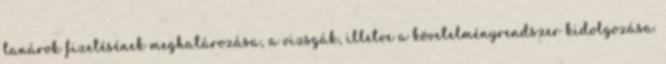
tanárok fizetésének meghatározása, a vizsgák, illetve a követelményrendszer kidolgozása.